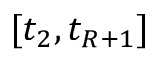
[ t _ { 2 } , t _ { R + 1 } ]